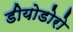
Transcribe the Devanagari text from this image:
डीयोडोरो